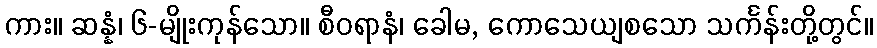
ကား။ ဆန္နံ၊ ၆-မျိုးကုန်သော။ စီဝရာနံ၊ ခေါမ, ကောသေယျစသော သင်္ကန်းတို့တွင်။